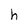
Character: h